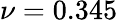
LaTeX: \nu=0.345